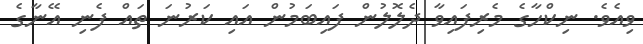
ވިއެވެ. ނިކްހާގެ މެރިފައިވާ ދެލޮލުން ފައިބަމުން އައި ކަރުނަ ތައް ފެނި އޭނާގެ